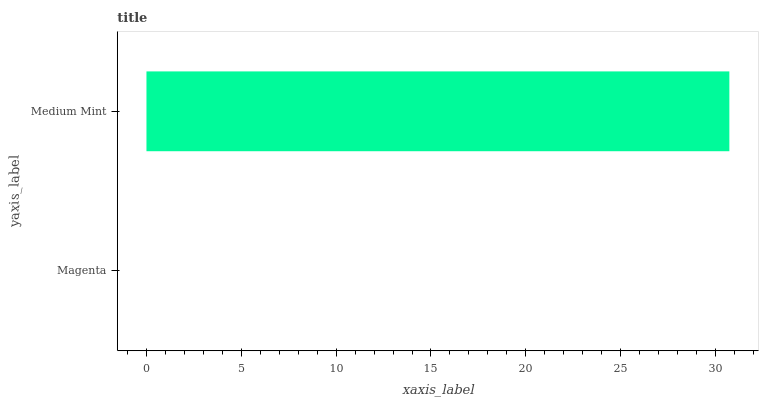
| yaxis_label | bars |
 | --- | --- |
 | Magenta | 0 |
 | Medium Mint | 30.7 |